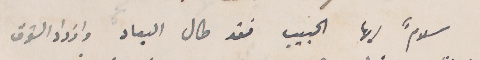
سلامًا أيها الحبيب فقد طال البعاد وازداد الشوق